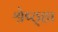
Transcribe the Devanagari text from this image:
श्रेष्ठ्हा